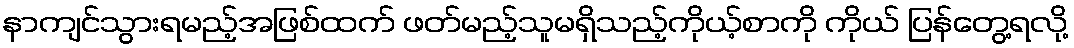
နာကျင်သွားရမည့်အဖြစ်ထက် ဖတ်မည့်သူမရှိသည့်ကိုယ့်စာကို ကိုယ် ပြန်တွေ့ရလို့